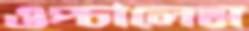
ওপ্‌চালেম